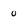
Character: o